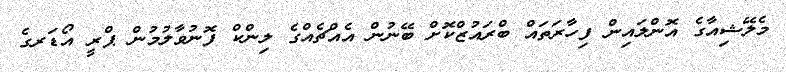
މެލޭޝިއާގެ އޮންލައިން ފިހާރަތައް ބްރައުޒްކޮށް ބޭނުން އެއްޗެއްގެ ލިންކް ފޮނުވާލުމުން ޕްރީ އޯޑަރގެ